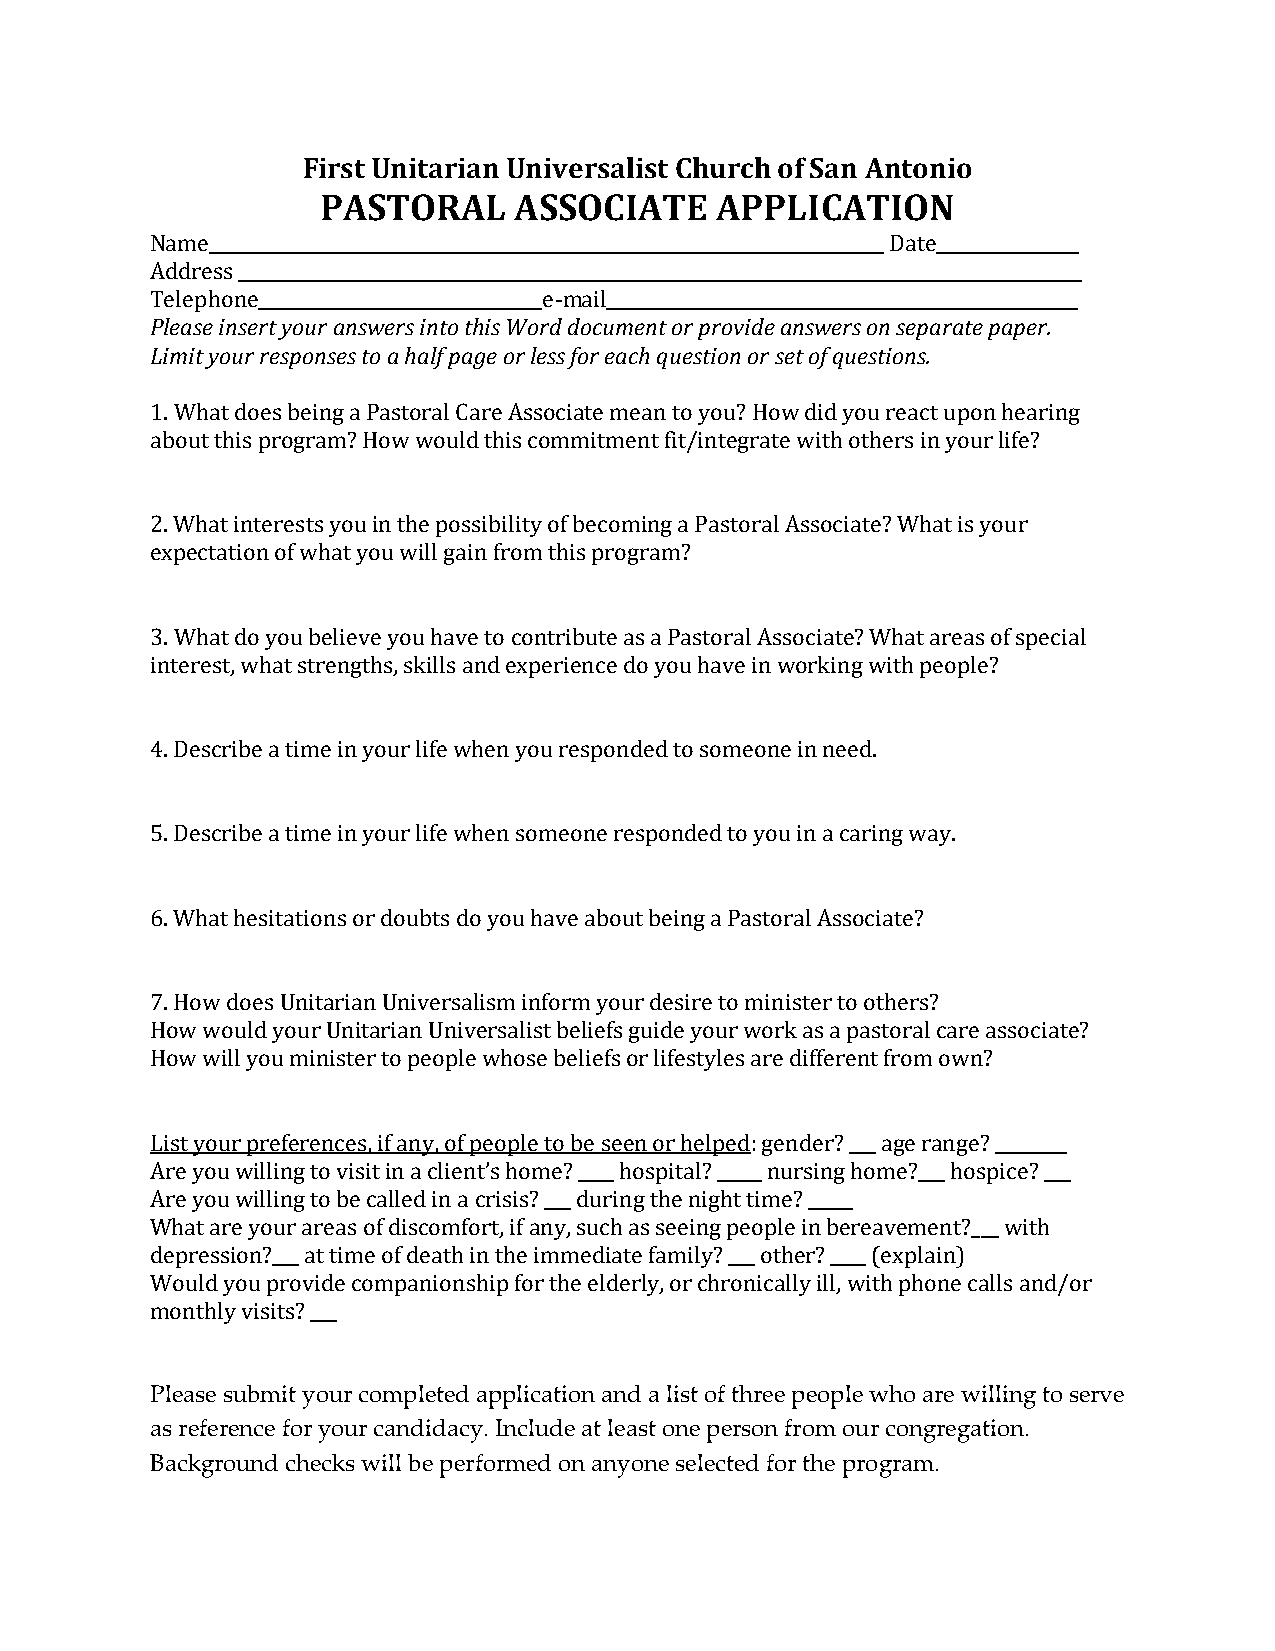
First Unitarian Universalist Church of San Antonio
 PASTORAL     ASSOCIATE    APPLICATION
 Name____________________________________________________________________________ Date________________
 Address _______________________________________________________________________________________________
 Telephone________________________________e-mail_____________________________________________________
 Please insert your answers into this Word document or provide answers on separate paper.
 Limit your responses to a half page or less for each question or set of questions.
 1. What does being a Pastoral Care Associate mean to you? How did you react upon hearing
 about this program? How would this commitment fit/integrate with others in your life?
 2. What interests you in the possibility of becoming a Pastoral Associate? What is your
 expectation of what you will gain from this program?
 3. What do you believe you have to contribute as a Pastoral Associate? What areas of special
 interest, what strengths, skills and experience do you have in working with people?
 4. Describe a time in your life when you responded to someone in need.
 5. Describe a time in your life when someone responded to you in a caring way.
 6. What hesitations or doubts do you have about being a Pastoral Associate?
 7. How does Unitarian Universalism inform your desire to minister to others?
 How would your Unitarian Universalist beliefs guide your work as a pastoral care associate?
 How will you minister to people whose beliefs or lifestyles are different from own?
 List your preferences, if any, of people to be seen or helped: gender? ___ age range? ________
 Are you willing to visit in a client’s home? ____ hospital? _____ nursing home?___ hospice? ___
 Are you willing to be called in a crisis? ___ during the night time? _____
 What are your areas of discomfort, if any, such as seeing people in bereavement?___ with
 depression?___ at time of death in the immediate family? ___ other? ____ (explain)
 Would you provide companionship for the elderly, or chronically ill, with phone calls and/or
 monthly visits? ___
 Please submit your completed application and a list of three people who are willing to serve
 as reference for your candidacy. Include at least one person from our congregation.
 Background checks will be performed on anyone selected for the program.